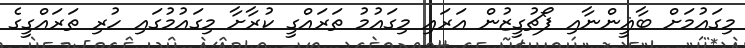
މިގައުމަށް ބާޣީންނާއި ޕޯޗުގީޒުން އަރައި މިގައުމު ތަރައްގީ ކުރާށާ މިގައުމުގައި ހުރި ތަރައްގީގެ